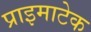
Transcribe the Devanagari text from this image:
प्राइमाटेक